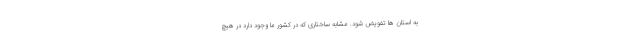
به استان ها تفویض شود. مشابه ساختاری که در کشور ما وجود دارد در هیچ